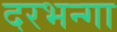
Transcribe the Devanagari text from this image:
दरभन्गा